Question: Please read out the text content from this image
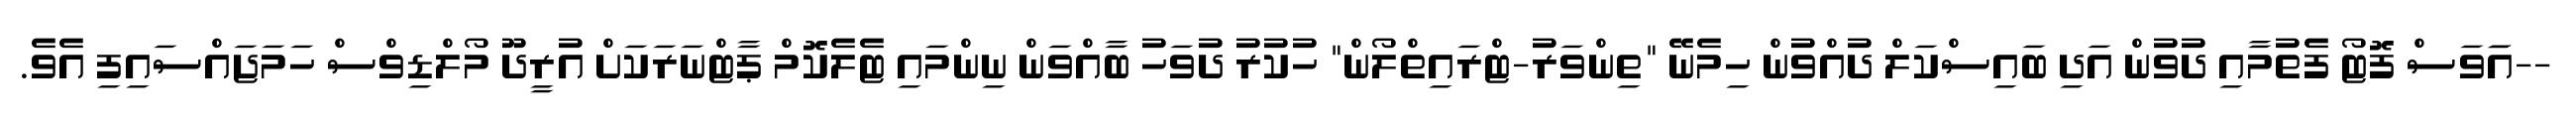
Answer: --އަަވަސް ފޮޓޯ ފެތުމާއި ދުވުން އަދި ބައިސްކަލް ދުއްވުން ހިމެނޭ "ތިންވަރު-ޓްރައިތްލޯން" ހުކުރު ދުވަހު ބާއްވަން ނިންމައި ޓެލެކޮމް ޕާޓްނަރަކަށް އުރީދޫ މޯލްޑިވްސް ހަމަޖައްސައިފި އެވެ.